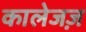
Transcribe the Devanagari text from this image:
कालेजज़